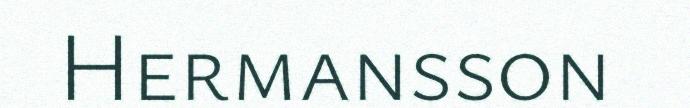
Hermansson